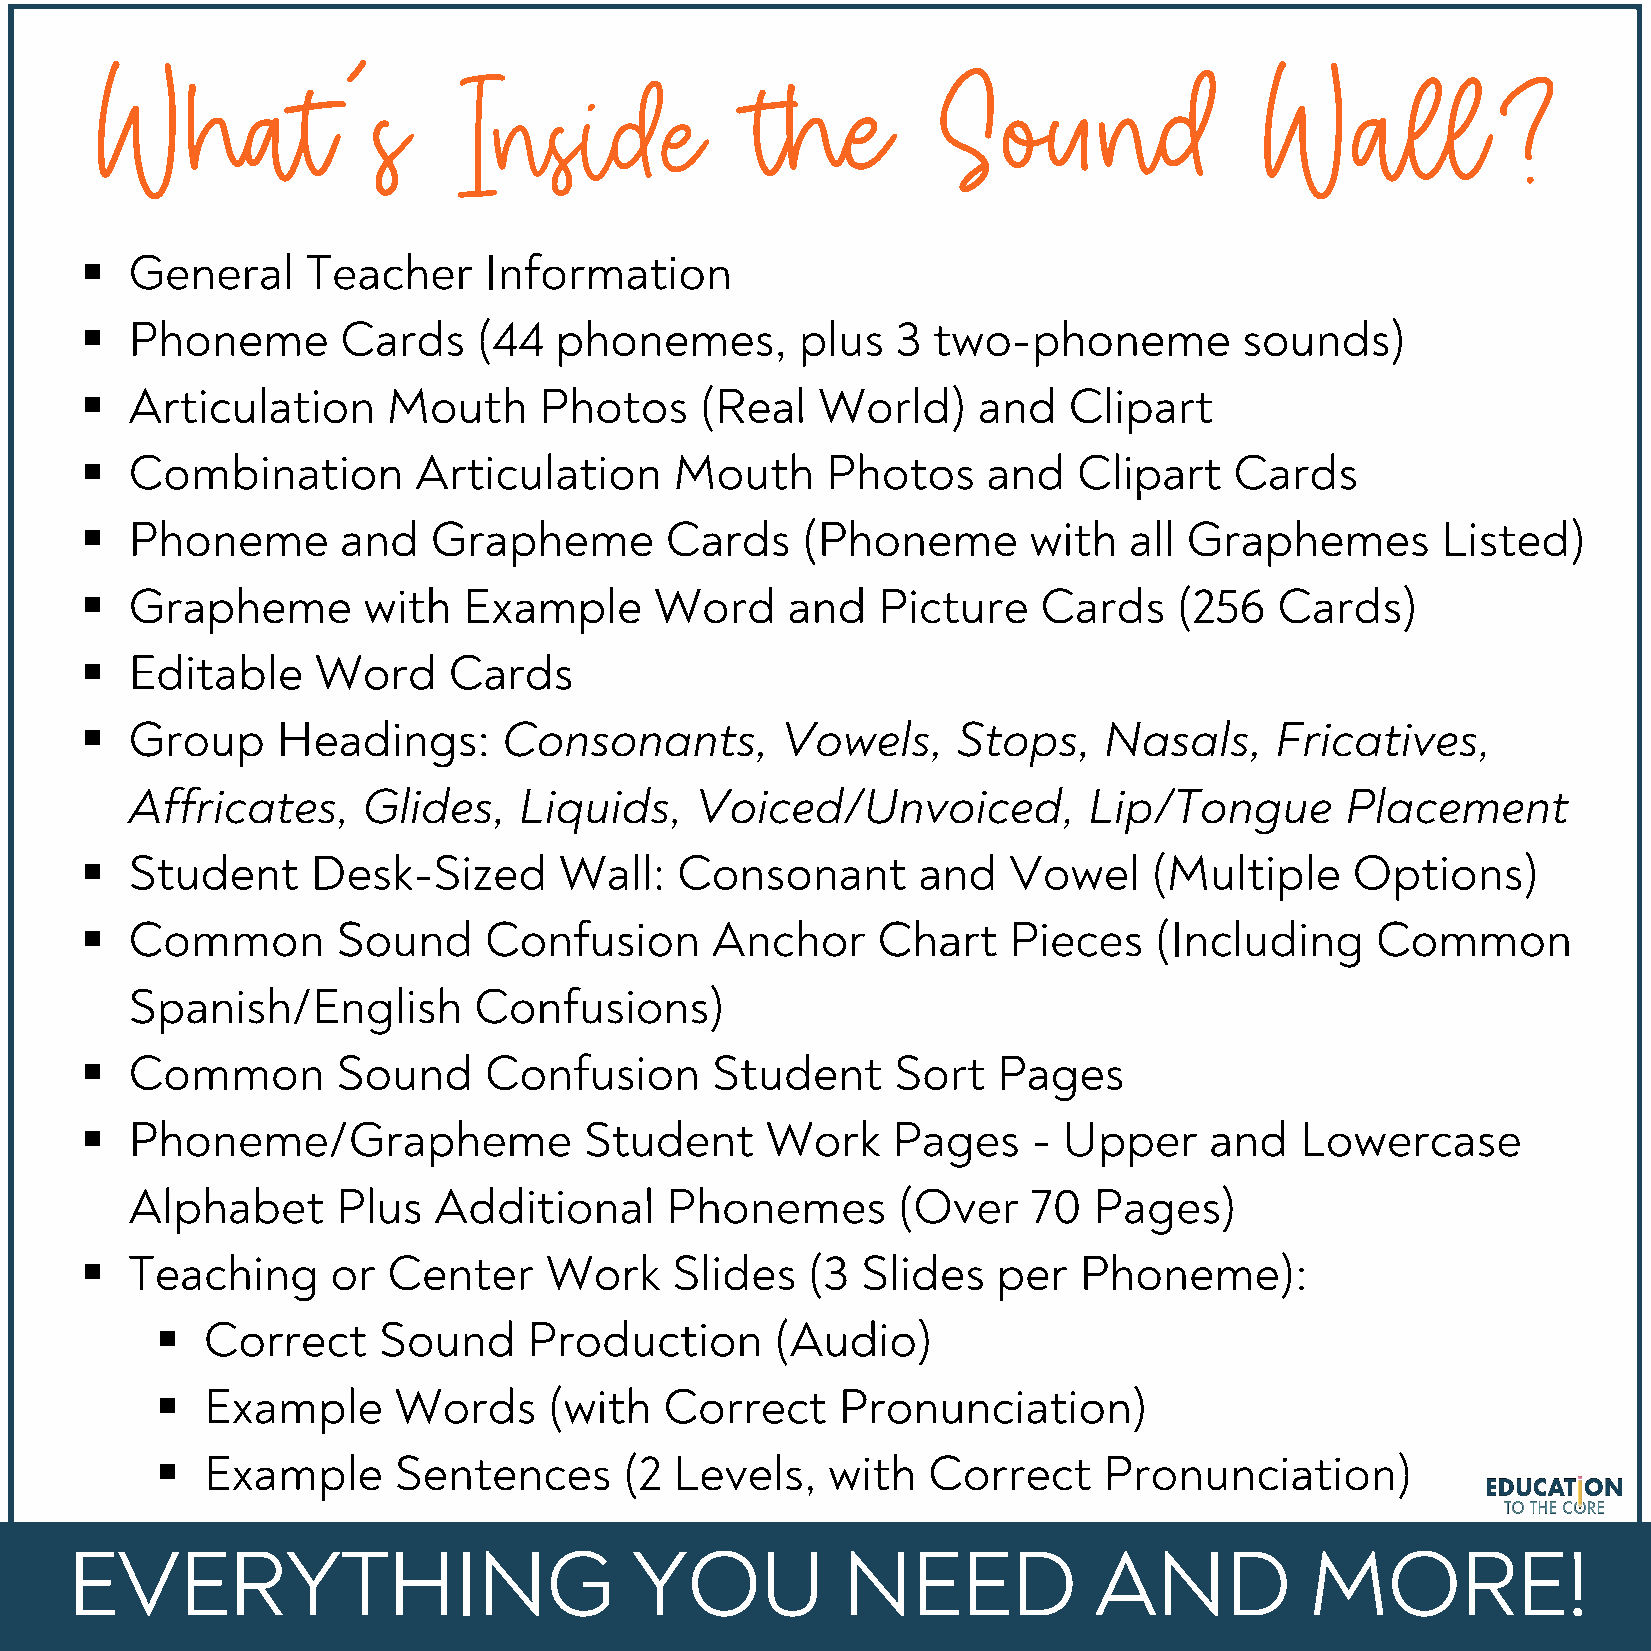
What’s                                     the         Sound                 Wall?
 Inside
 §  General     Teacher     Information
 §  Phoneme        Cards    (44  phonemes,       plus  3  two-phoneme         sounds)
 §  Articulation      Mouth     Photos    (Real   World)     and   Clipart
 §  Combination        Articulation      Mouth     Photos    and   Clipart    Cards
 §  Phoneme        and  Grapheme        Cards    (Phoneme       with   all Graphemes       Listed)
 §  Grapheme        with   Example     Word     and   Picture    Cards    (256  Cards)
 §  Editable     Word     Cards
 §  Group     Headings:      Consonants,        Vowels,    Stops,    Nasals,    Fricatives,
 Affricates,     Glides,   Liquids,    Voiced/Unvoiced,          Lip/Tongue       Placement
 §  Student      Desk-Sized      Wall:   Consonant       and   Vowel    (Multiple    Options)
 §  Common        Sound     Confusion      Anchor     Chart    Pieces   (Including     Common
 Spanish/English        Confusions)
 §  Common        Sound     Confusion      Student     Sort   Pages
 §  Phoneme/Grapheme               Student     Work    Pages    - Upper     and   Lowercase
 Alphabet      Plus   Additional     Phonemes       (Over    70  Pages)
 §  Teaching      or  Center    Work    Slides   (3  Slides   per  Phoneme):
 §  Correct     Sound     Production      (Audio)
 §  Example      Words     (with   Correct    Pronunciation)
 §  Example      Sentences      (2  Levels,   with  Correct     Pronunciation)
 EVERYTHING                            YOU           NEED            AND            MORE!